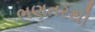
ભણતરથી